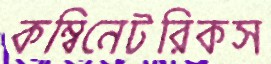
কম্বিনেটরিকস